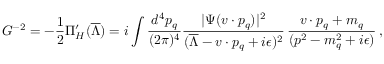
G ^ { - 2 } = - { \frac { 1 } { 2 } } \Pi _ { H } ^ { \prime } ( \overline { { { \Lambda } } } ) = i \int { \frac { d ^ { 4 } p _ { q } } { ( 2 \pi ) ^ { 4 } } } { \frac { | \Psi ( v \cdot p _ { q } ) | ^ { 2 } } { ( \overline { { { \Lambda } } } - v \cdot p _ { q } + i \epsilon ) ^ { 2 } } } \, { \frac { v \cdot p _ { q } + m _ { q } } { ( p ^ { 2 } - m _ { q } ^ { 2 } + i \epsilon ) } } \, ,